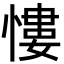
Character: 慺